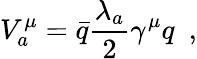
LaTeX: V_{a}^{\mu}={\bar{q}}{\frac{\lambda_{a}}{2}}\gamma^{\mu}q\ \ ,